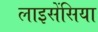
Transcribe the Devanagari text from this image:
लाइसेंसिया